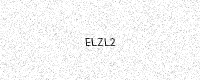
Text: ELZL2